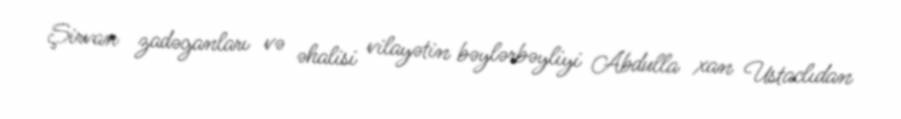
Şirvan zadəganları və əhalisi vilayətin bəylərbəyliyi Abdulla xan Ustaclıdan